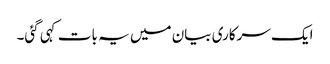
ایک سرکاری بیان میں یہ بات کہی گئی۔